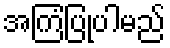
အကြံပြုပါမည်